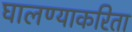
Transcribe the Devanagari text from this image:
घालण्याकरिता